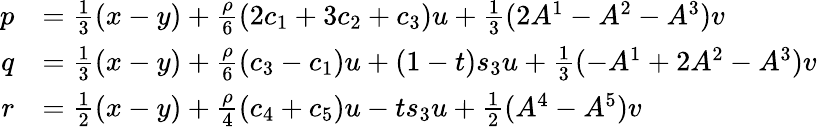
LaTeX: \begin{array}{rl}{p}&{=\frac{1}{3}(x-y)+\frac{\rho}{6}(2c_{1}+3c_{2}+c_{3})u+\frac{1}{3}(2A^{1}-A^{2}-A^{3})v}\\ {q}&{=\frac{1}{3}(x-y)+\frac{\rho}{6}(c_{3}-c_{1})u+(1-t)s_{3}u+\frac{1}{3}(-A^{1}+2A^{2}-A^{3})v}\\ {r}&{=\frac{1}{2}(x-y)+\frac{\rho}{4}(c_{4}+c_{5})u-ts_{3}u+\frac{1}{2}(A^{4}-A^{5})v}\end{array}